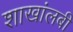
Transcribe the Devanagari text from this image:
शाखांलबी